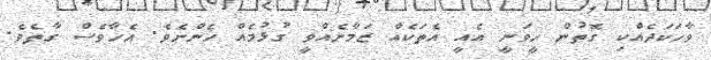
ވާހަކަދެއްކި ގޮތުން ހީވަނީ އެއީ އެތަކެއް ޒަމާނެއްވީ ގުޅުމެއް ހެންނެވެ. އެހާވެސް ގާތެވެ.